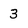
Character: 3